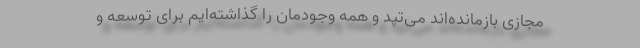
مجازی بازمانده‌اند می‌تپد و همه وجودمان را گذاشته‌ایم برای توسعه و